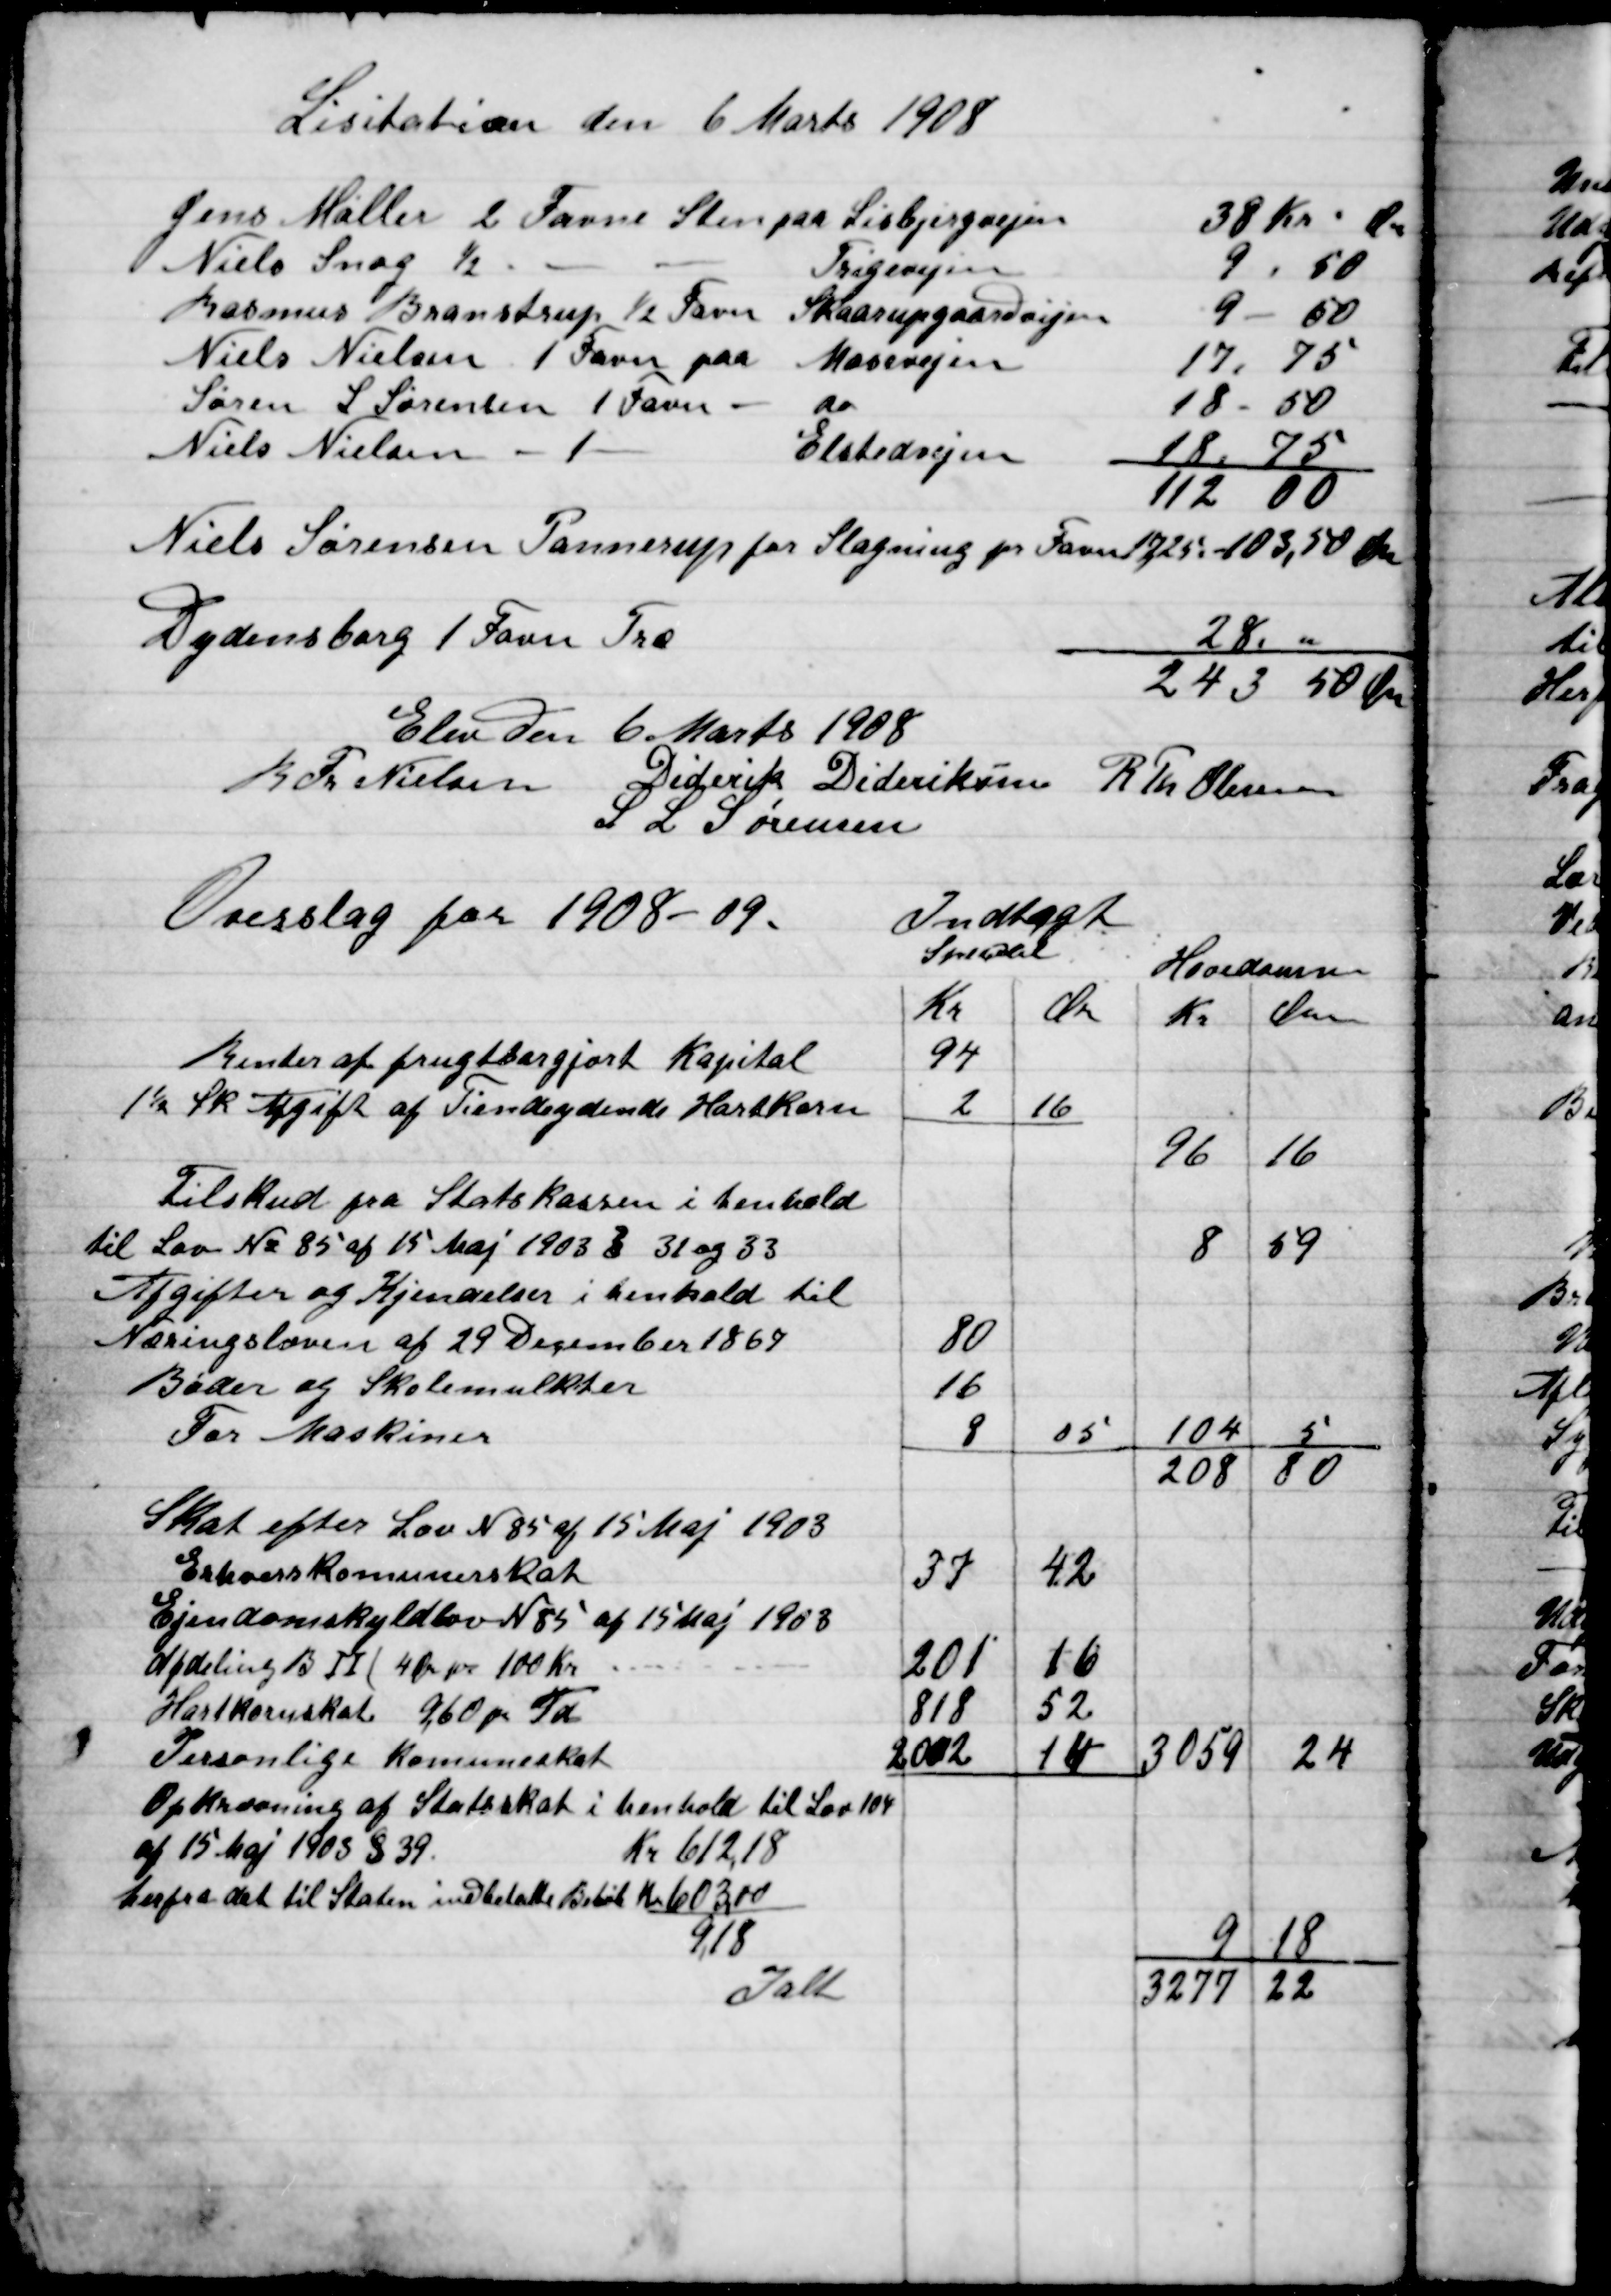
Transskription:
Niels Sørensen Pannerup for slagning pr Favn 17,25 - 103,50 Kr.
Dydenborg 1 Favn Træ
28, "
243,50 Kr.

Elev den 6. Marts 1908

R. Fr. Nielsen
Diderik Dideriksen
R. Th. Olesen
S. L. Sørensen.